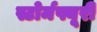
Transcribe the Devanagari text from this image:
स्टोर्मफ्यूरी